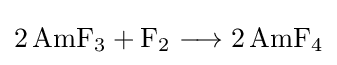
{2\,\mathrm {AmF} {\vphantom {A}}_{\smash[{t}]{3}}{}+{}\mathrm {F} {\vphantom {A}}_{\smash[{t}]{2}}{}\mathrel {\longrightarrow } {}2\,\mathrm {AmF} {\vphantom {A}}_{\smash[{t}]{4}}}